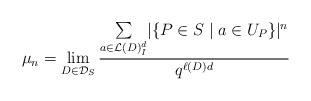
\begin{align*}\mu_{n} &= \lim\limits_{D \in \mathcal{D}_S} \displaystyle{\frac{\sum\limits_{a \in \mathcal{L}(D)_I^d } \lvert \{ P \in S \mid a \in U_{P} \}\rvert^n} {q^{\ell(D)d}}}\end{align*}